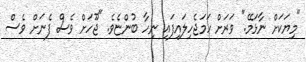
"މިޔަކަށް ނާޅަމޭ." ވަރަށް ހަމަޖެހިލައިފައި ނިހާ ބުންޏެވެ. "ޖޫހަށް ވެސް ފެނަށް ވެސް